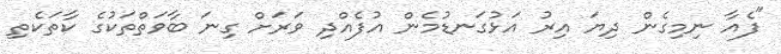
"ފެއާ ނިމިގެން ދިޔަ އިރު އަޅުގަނޑުމެން އުފެއްދި ވަރަށް ގިނަ ބާވަތްތަކުގެ ކާތަކެތި